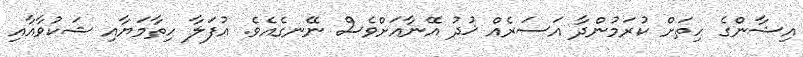
އިޝާންގެ ހިތަށް ކުރަމުންދާ އަސަރެއް ޚުދު އޭނާއަށްވެސް ނޭނގެއެވެ. އުފަލާ ހިތާމަޔާއި ޝަކުވާއާއި